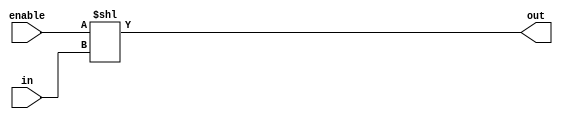
module decoder (
    in,out,enable
);
    input [2:0] in;
    input enable;
    output  reg [7:0] out;


always @(in,enable) begin
    
    out= enable << in;

end

endmodule